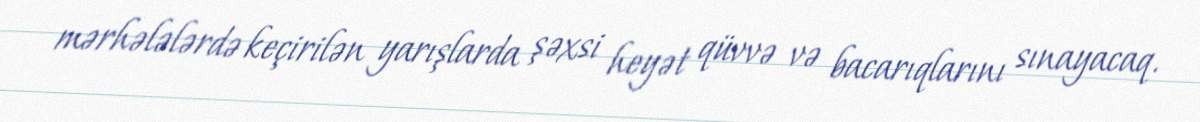
mərhələlərdə keçirilən yarışlarda şəxsi heyət qüvvə və bacarıqlarını sınayacaq.